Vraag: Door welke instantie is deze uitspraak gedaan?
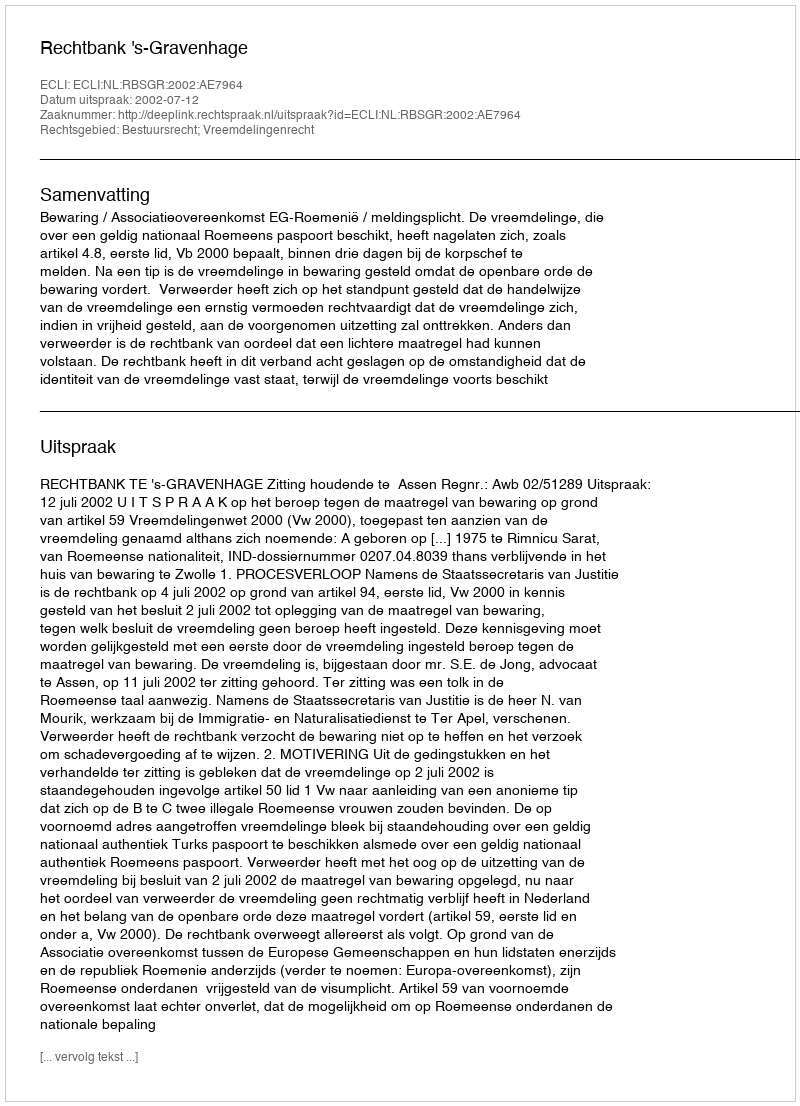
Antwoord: Rechtbank 's-Gravenhage